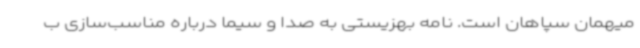
میهمان سپاهان است. نامه بهزیستی به صدا و سیما درباره مناسب‌سازی ب